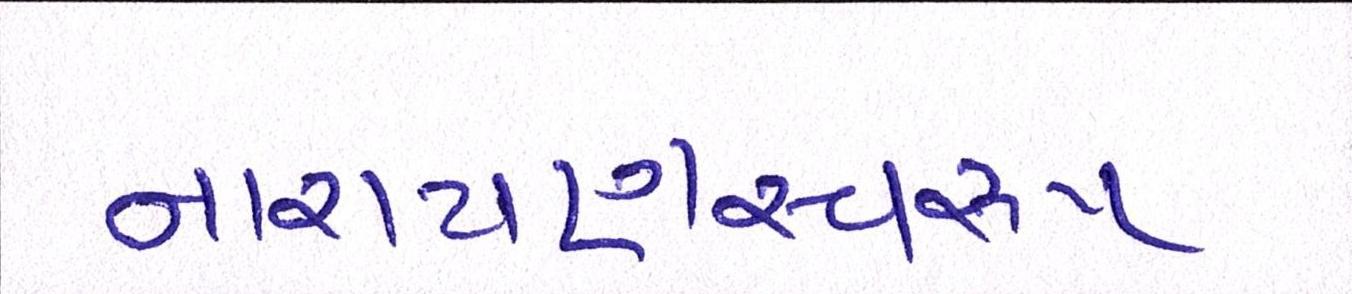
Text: નારાયણસ્વરૂપ